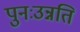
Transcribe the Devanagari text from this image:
पुनःउन्नति